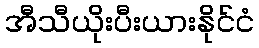
အီသီယိုးပီးယားနိုင်ငံ